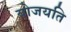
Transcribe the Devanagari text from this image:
योजयति